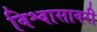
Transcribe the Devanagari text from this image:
विश्वासावरी